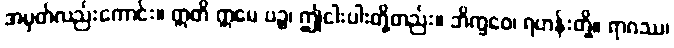
အမှတ်လည်းကောင်း။ ဣတိ ဣမေ ပဉ္စ၊ ဤငါးပါးတို့တည်း။ ဘိက္ခဝေ၊ ရဟန်းတို့။ ရာဂဿ၊